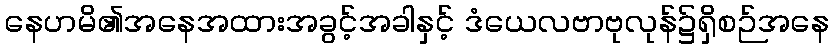
နေဟမိ၏အနေအထားအခွင့်အခါနှင့် ဒံယေလဗာဗုလုန်၌ရှိစဉ်အနေ